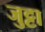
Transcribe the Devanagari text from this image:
जुट्टा